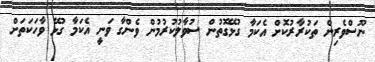
ނޫސްވެރިން ތަކުރާރުކޮށް އެކަމާ ގުޅޭގޮތުން ސުވާލުކުރުމުން ވެންގާ ވަނީ އެކަމާ ގުޅޭ ވާހަކަތަށް